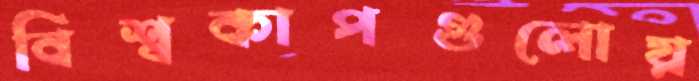
বিশ্বকাপগুলোয়